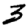
Digit: 3